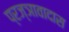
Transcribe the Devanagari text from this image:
प्रज्ञावादास